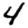
Digit: 4